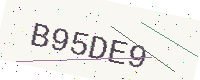
Text: B95DE9